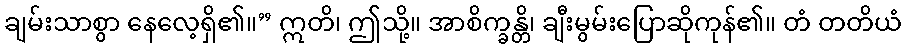
ချမ်းသာစွာ နေလေ့ရှိ၏။” ဣတိ၊ ဤသို့။ အာစိက္ခန္တိ၊ ချီးမွမ်းပြောဆိုကုန်၏။ တံ တတိယံ